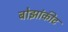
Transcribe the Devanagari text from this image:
बोझांकीट